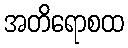
အတိရောစထ